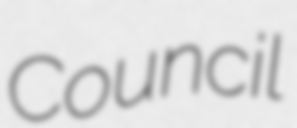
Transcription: Council